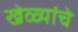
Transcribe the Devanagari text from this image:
खेळ्यांचे